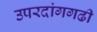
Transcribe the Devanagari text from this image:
उपरदांगगढी